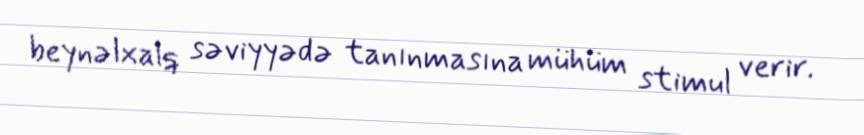
beynəlxalq səviyyədə tanınmasına mühüm stimul verir.